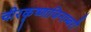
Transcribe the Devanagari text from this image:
चीरकृष्णाजिनाम्बरौ